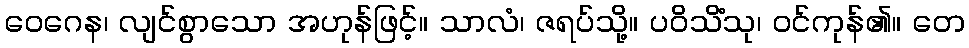
ဝေဂေန၊ လျင်စွာသော အဟုန်ဖြင့်။ သာလံ၊ ဇရပ်သို့။ ပဝိသိံသု၊ ဝင်ကုန်၏။ တေ